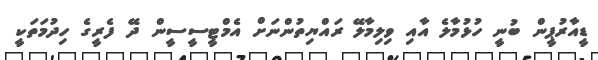
ޑީއާރުޕީން ބުނީ ހުޅުމާލެ އާއި ވިލިމާލޭ ރައްޔިތުންނަށް އެމްޓީސީސީން ދޭ ފެރީގެ ހިދުމަތަކީ